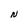
Character: N